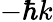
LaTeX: -\hbar k